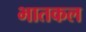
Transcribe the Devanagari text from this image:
भातकल